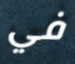
في